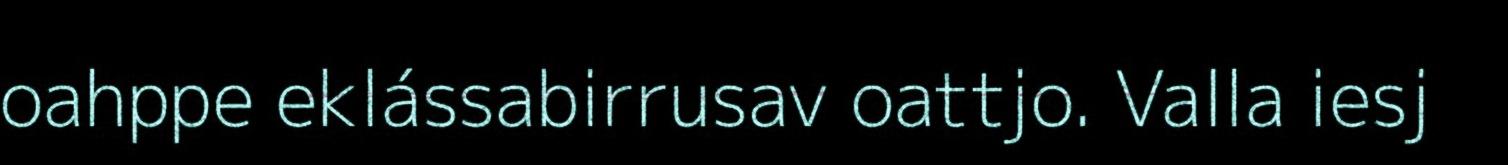
oahppe eklássabirrusav oattjo. Valla iesj